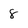
Character: 8